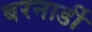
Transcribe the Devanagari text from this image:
बरनार्डी